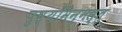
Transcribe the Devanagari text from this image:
पुष्यमिन्नस्तु